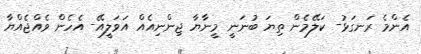
އެންމެ ރަނގަޅު- ކަލޭމެން ތިޔަ ބުނަނީ މީނާޔާ ޖިންނިއެއް އަވަލީއޭ- އެހެން ވެއްޖެއްޔާ